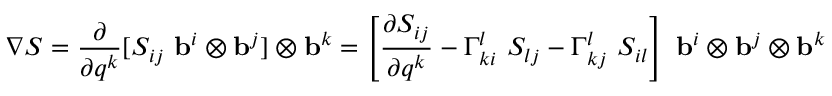
{ \boldsymbol { \nabla } } { \boldsymbol { S } } = { \frac { \partial } { \partial q ^ { k } } } [ S _ { i j } ~ \mathbf { b } ^ { i } \otimes \mathbf { b } ^ { j } ] \otimes \mathbf { b } ^ { k } = \left[ { \frac { \partial S _ { i j } } { \partial q ^ { k } } } - \Gamma _ { k i } ^ { l } ~ S _ { l j } - \Gamma _ { k j } ^ { l } ~ S _ { i l } \right] ~ \mathbf { b } ^ { i } \otimes \mathbf { b } ^ { j } \otimes \mathbf { b } ^ { k }